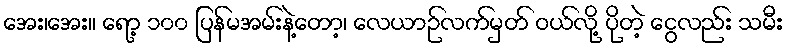
အေး၊အေး။ ရော့ ၁၀၀ ပြန်မအမ်းနဲ့တော့၊ လေယာဉ်လက်မှတ် ဝယ်လို့ ပိုတဲ့ ငွေလည်း သမီး